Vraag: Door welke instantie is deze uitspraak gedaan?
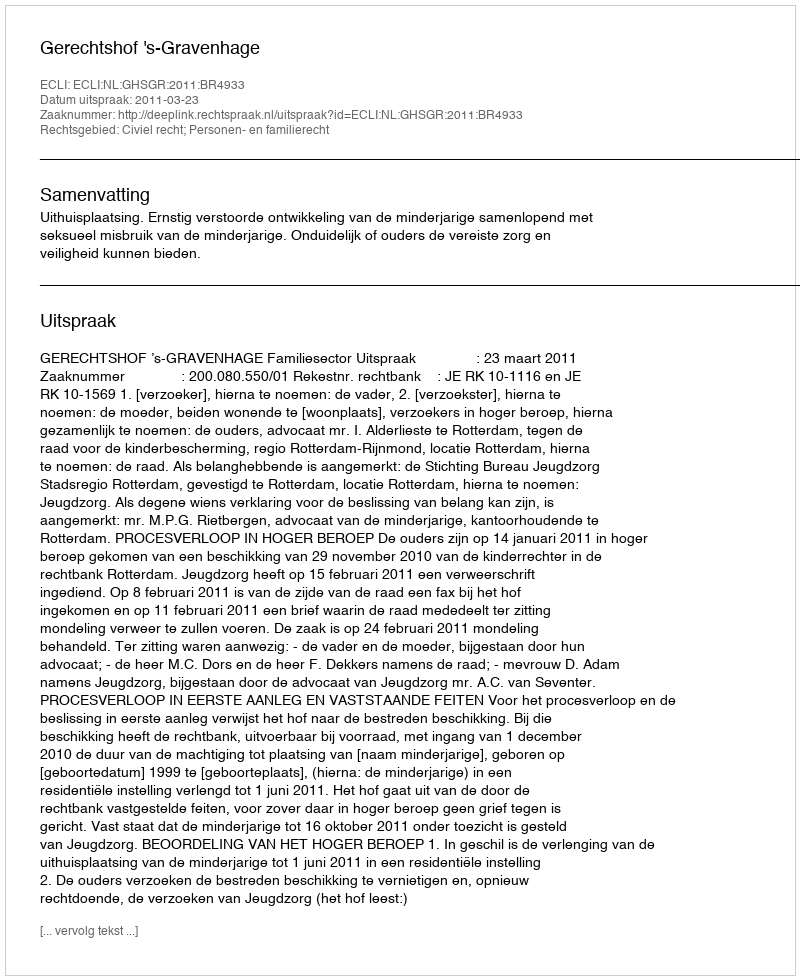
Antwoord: Gerechtshof 's-Gravenhage